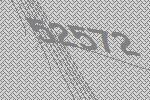
52572